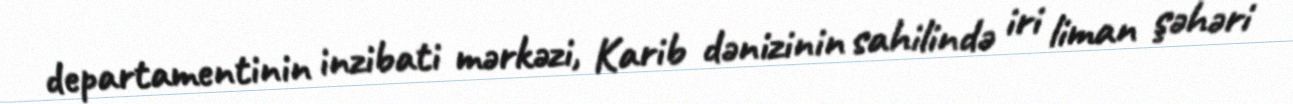
departamentinin inzibati mərkəzi, Karib dənizinin sahilində iri liman şəhəri